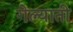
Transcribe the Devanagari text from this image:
गेल्याती